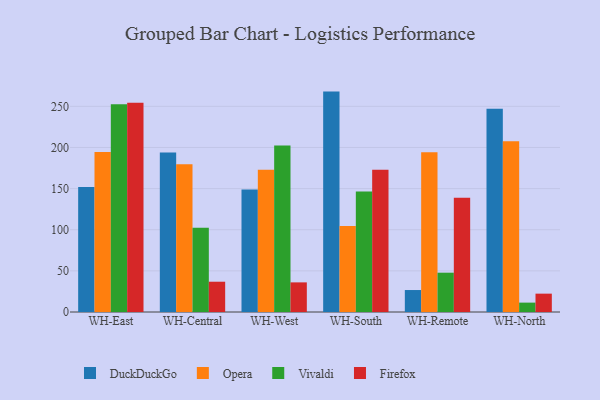
{"axis": {"x": "Warehouse", "y": "Customer Acquisition Cost (USD)"}, "legend": ["DuckDuckGo", "Firefox", "Opera", "Vivaldi"], "data": [{"x": "WH-East", "y": 152.0, "type": "DuckDuckGo"}, {"x": "WH-East", "y": 194.5, "type": "Opera"}, {"x": "WH-East", "y": 252.6, "type": "Vivaldi"}, {"x": "WH-East", "y": 254.3, "type": "Firefox"}, {"x": "WH-Central", "y": 194.0, "type": "DuckDuckGo"}, {"x": "WH-Central", "y": 179.5, "type": "Opera"}, {"x": "WH-Central", "y": 102.4, "type": "Vivaldi"}, {"x": "WH-Central", "y": 36.8, "type": "Firefox"}, {"x": "WH-West", "y": 149.0, "type": "DuckDuckGo"}, {"x": "WH-West", "y": 172.8, "type": "Opera"}, {"x": "WH-West", "y": 202.4, "type": "Vivaldi"}, {"x": "WH-West", "y": 36.0, "type": "Firefox"}, {"x": "WH-South", "y": 267.9, "type": "DuckDuckGo"}, {"x": "WH-South", "y": 104.4, "type": "Opera"}, {"x": "WH-South", "y": 146.6, "type": "Vivaldi"}, {"x": "WH-South", "y": 173.0, "type": "Firefox"}, {"x": "WH-Remote", "y": 26.7, "type": "DuckDuckGo"}, {"x": "WH-Remote", "y": 194.1, "type": "Opera"}, {"x": "WH-Remote", "y": 47.8, "type": "Vivaldi"}, {"x": "WH-Remote", "y": 138.9, "type": "Firefox"}, {"x": "WH-North", "y": 247.1, "type": "DuckDuckGo"}, {"x": "WH-North", "y": 207.7, "type": "Opera"}, {"x": "WH-North", "y": 11.4, "type": "Vivaldi"}, {"x": "WH-North", "y": 22.3, "type": "Firefox"}]}